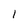
Character: 1